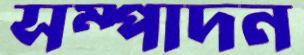
সম্পাদন